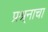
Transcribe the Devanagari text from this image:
प्रश्र्नाचा